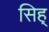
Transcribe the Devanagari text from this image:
सिह्